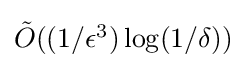
\textstyle {\tilde {O}}((1/\epsilon ^{3})\log(1/\delta ))